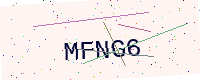
Text: MFNG6